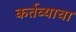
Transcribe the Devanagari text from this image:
कर्तव्याचा